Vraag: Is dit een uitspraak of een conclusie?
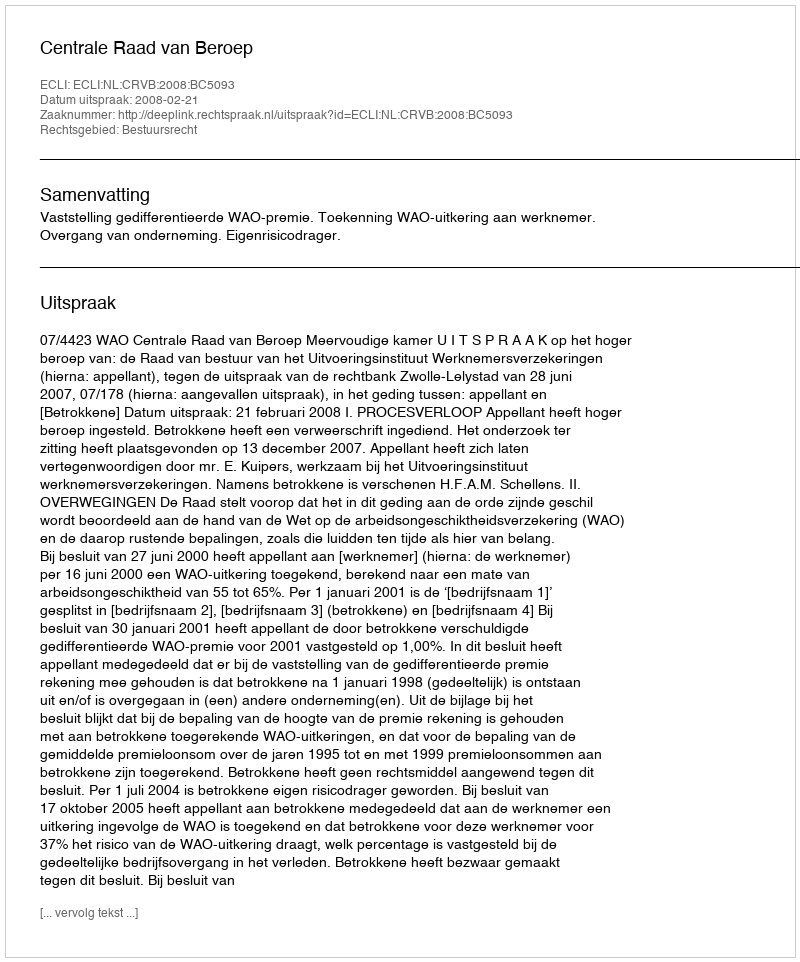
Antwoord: Uitspraak